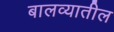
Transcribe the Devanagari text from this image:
बालव्यातील